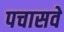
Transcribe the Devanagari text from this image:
पचासवे